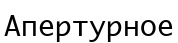
Апертурное